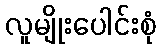
လူမျိုးပေါင်းစုံ